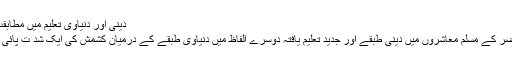
دینی اور دنیاوی تعلیم میں مطابقت کا فقدان
عصر حاضر کے مسلم معاشروں میں دینی طبقے اور جدید تعلیم یافتہ دوسرے الفاظ میں دنیاوی طبقے کے درمیان کشمش کی ایک شد ت پائی جاتی ہے۔